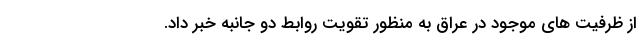
از ظرفیت های موجود در عراق به منظور تقویت روابط دو جانبه خبر داد.